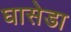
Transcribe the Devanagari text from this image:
घासेडा